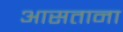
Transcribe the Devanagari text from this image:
आसताना